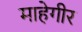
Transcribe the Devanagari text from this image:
माहेगीर